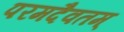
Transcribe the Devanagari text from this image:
परमदैवतम्